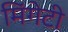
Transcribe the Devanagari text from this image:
मिंगेटी